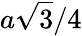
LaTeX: a\sqrt 3/4